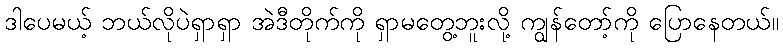
ဒါပေမယ့် ဘယ်လိုပဲရှာရှာ အဲဒီတိုက်ကို ရှာမတွေ့ဘူးလို့ ကျွန်တော့်ကို ပြောနေတယ်။